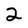
Character: 2